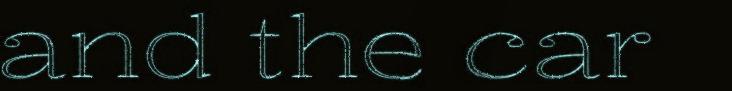
and the car